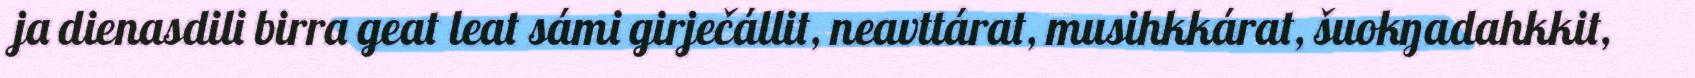
ja dienasdili birra geat leat sámi girječállit, neavttárat, musihkkárat, šuokŋadahkkit,